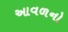
આવળનો